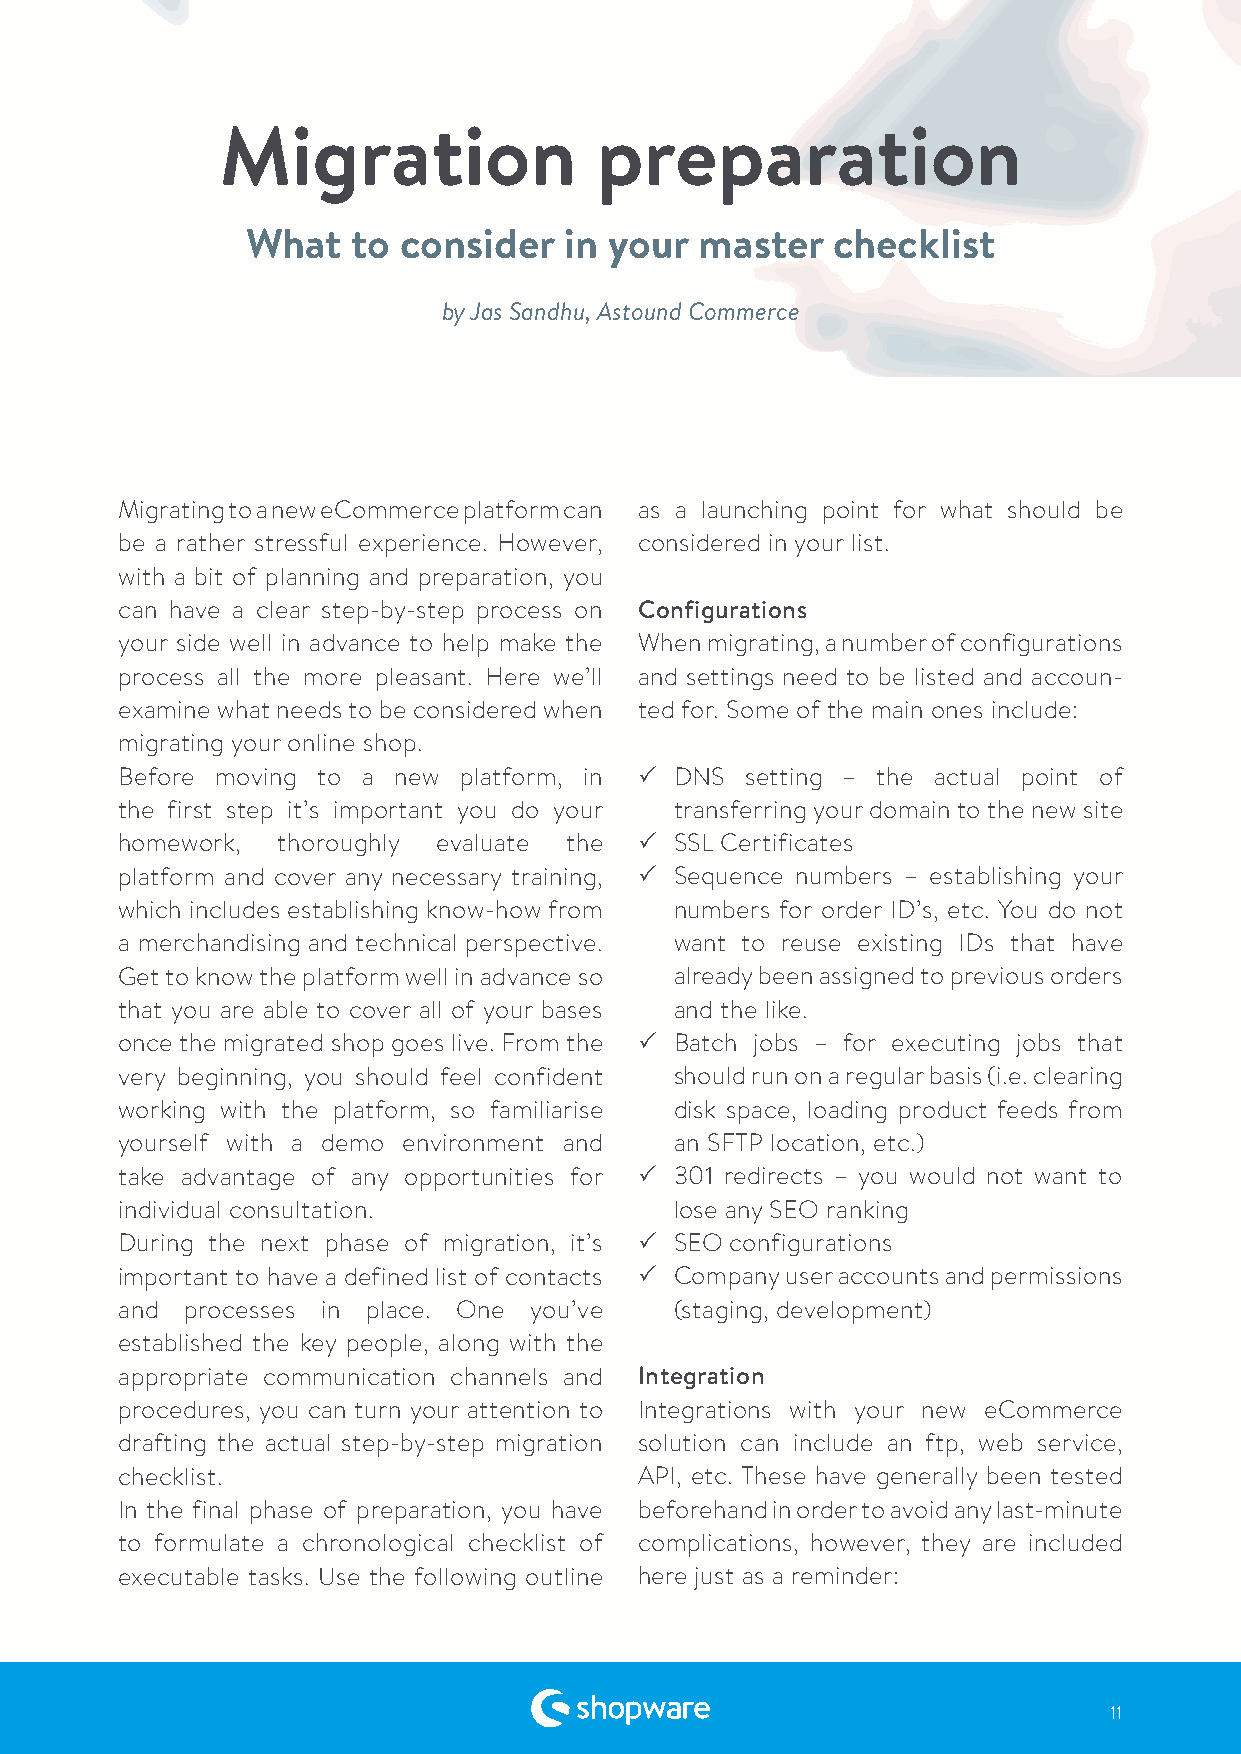
Migration                preparation
 What   to  consider  in your  master   checklist
 by Jas Sandhu, Astound Commerce
 Migrating to a new eCommerce platform can as a launching point for what should be
 be a rather stressful experience. However, considered in your list.
 with a bit of planning and preparation, you
 can have a clear step-by-step process on Configurations
 your side well in advance to help make the When migrating, a number of configurations
 process all the more pleasant. Here we’ll and settings need to be listed and accoun-
 examine what needs to be considered when ted for. Some of the main ones include:
 migrating your online shop.
 Before moving to a new platform, in  DNS setting – the actual point of
 🗸
 the first step it’s important you do your transferring your domain to the new site
 homework, thoroughly evaluate the    SSL Certificates
 🗸
 platform and cover any necessary training, Sequence numbers – establishing your
 🗸
 which includes establishing know-how from numbers for order ID’s, etc. You do not
 a merchandising and technical perspective. want to reuse existing IDs that have
 Get to know the platform well in advance so already been assigned to previous orders
 that you are able to cover all of your bases and the like.
 once the migrated shop goes live. From the Batch jobs – for executing jobs that
 🗸
 very beginning, you should feel confident should run on a regular basis (i.e. clearing
 working with the platform, so familiarise disk space, loading product feeds from
 yourself with a demo environment and an SFTP location, etc.)
 take advantage of any opportunities for 301 redirects – you would not want to
 🗸
 individual consultation.             lose any SEO ranking
 During the next phase of migration, it’s SEO configurations
 🗸
 important to have a defined list of contacts Company user accounts and permissions
 🗸
 and processes in place. One you’ve   (staging, development)
 established the key people, along with the
 appropriate communication channels and Integration
 procedures, you can turn your attention to Integrations with your new eCommerce
 drafting the actual step-by-step migration solution can include an ftp, web service,
 checklist.                        API, etc. These have generally been tested
 In the final phase of preparation, you have beforehand in order to avoid any last-minute
 to formulate a chronological checklist of complications, however, they are included
 executable tasks. Use the following outline here just as a reminder:
 11